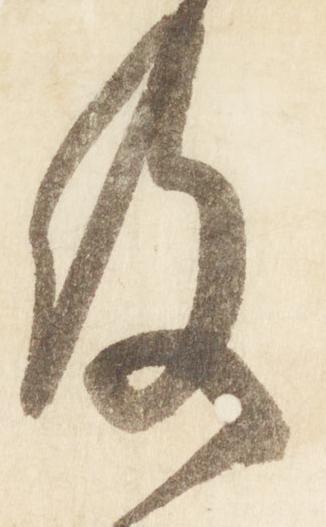
及